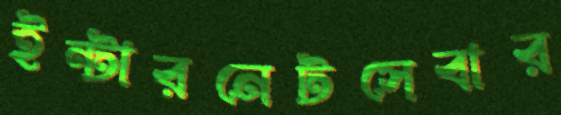
ইন্টারনেটসেবার